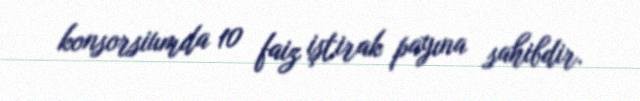
konsorsiumda 10 faiz iştirak payına sahibdir.